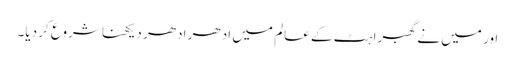
اور میں نے گھبراہٹ کے عالم میں ادھر ادھر دیکھنا شروع کر دیا۔